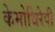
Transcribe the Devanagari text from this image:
केमोथिरैपी